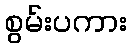
စွမ်းပကား